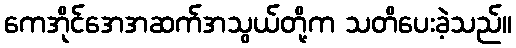
ကေအိုင်အေအဆက်အသွယ်တို့က သတိပေးခဲ့သည်။